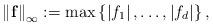
LaTeX: \begin{align*}\left\| \mathbf{f} \right\|_{\infty }:=\max {\left\{ \left| f_{1} \right|,\mathellipsis ,\left| f_{d} \right| \right\},}\end{align*}